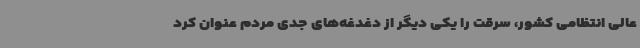
عالی انتظامی کشور، سرقت را یکی دیگر از دغدغه‌های جدی مردم عنوان کرد